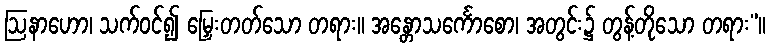
ဩနာဟော၊ သက်ဝင်၍ မြှေးတတ်သော တရား။ အန္တောသင်္ကောစော၊ အတွင်း၌ တွန့်တိုသော တရား”။